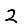
Digit: 2